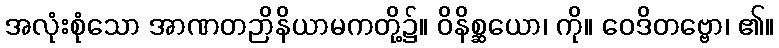
အလုံးစုံသော အာဏတဉာိနိယာမကတို့၌။ ဝိနိစ္ဆယော၊ ကို။ ဝေဒိတဗ္ဗော၊ ၏။